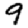
Digit: 9